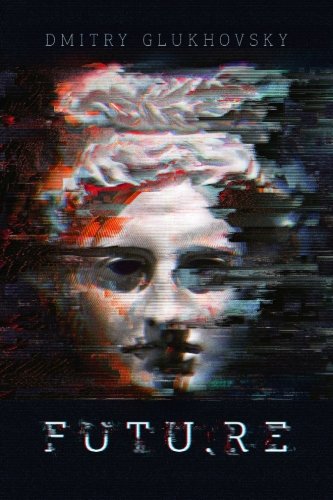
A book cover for Futu.re; Dmitry Glukhovsky; Science Fiction & Fantasy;